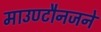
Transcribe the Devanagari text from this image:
माउण्टौनजने